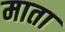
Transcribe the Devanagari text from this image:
माता